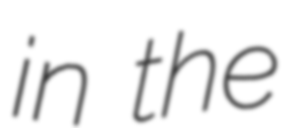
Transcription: in the